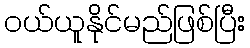
ဝယ်ယူနိုင်မည်ဖြစ်ပြီး